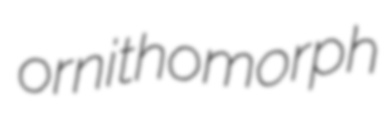
ornithomorph